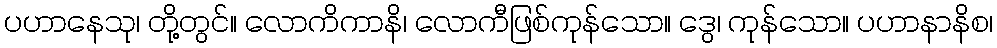
ပဟာနေသု၊ တို့တွင်။ လောကိကာနိ၊ လောကီဖြစ်ကုန်သော။ ဒွေ၊ ကုန်သော။ ပဟာနာနိစ၊